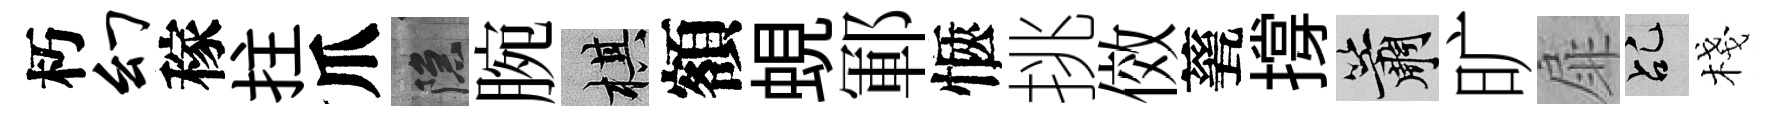
朽幻稼拄爪隱腕棋額蜆鄆愜挑傚甆撐簫旷扉乩棧